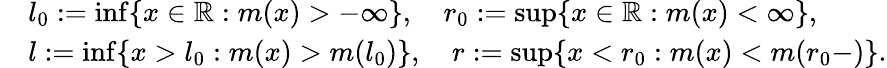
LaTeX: \begin{array}{rl}&{l_{0}:=\operatorname*{inf}\{ x\in{\mathbb R}:m(x)>-\infty\} ,\quad r_{0}:=\operatorname*{sup}\{ x\in{\mathbb R}:m(x)<\infty\} ,}\\ &{l:=\operatorname*{inf}\{ x>l_{0}:m(x)>m(l_{0})\} ,\quad r:=\operatorname*{sup}\{ x<r_{0}:m(x)<m(r_{0}-)\} .}\end{array}